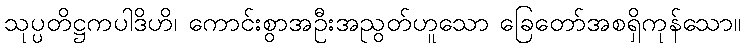
သုပ္ပတိဋ္ဌကပါဒိဟိ၊ ကောင်းစွာအဦးအညွတ်ဟူသော ခြေတော်အစရှိကုန်သော။